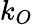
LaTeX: k_{O}